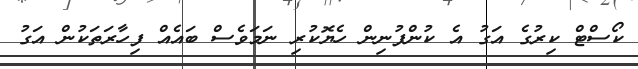
ކޯސްޓް ކިރުގެ އަގު އެ ކުންފުނިން ހެޔޮކުރި ނަމަވެސް ބައެއް ފިހާރަތަކުން އަގު